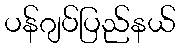
ပန်ဂျပ်ပြည်နယ်